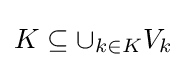
K\subseteq \cup _{k\in K}V_{k}